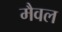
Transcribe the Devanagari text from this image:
मैवल